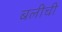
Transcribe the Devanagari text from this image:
बलीची